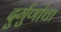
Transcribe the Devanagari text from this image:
दुर्गुणांचा